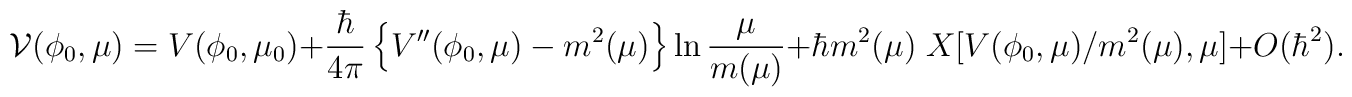
{\cal V}(\phi_0,\mu) = V(\phi_0,\mu_0) +{\hbar \over {4\pi}}\left\{ V''(\phi_0,\mu) - m^2(\mu) \right\} \ln{\mu\over m(\mu)}+\hbar m^2(\mu) \; X[V(\phi_0,\mu)/m^2(\mu),\mu]+O(\hbar^2).